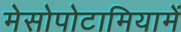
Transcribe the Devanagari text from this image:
मेसोपोटामियामें